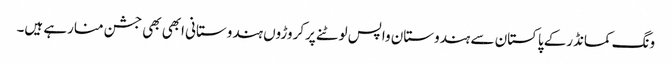
ونگ کمانڈرکے پاکستان سے ہندوستان واپس لوٹنے پرکروڑوں ہندوستانی ابھی بھی جشن منارہے ہیں۔